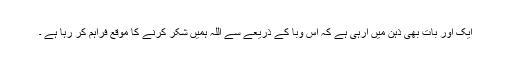
ایک اور بات بھی ذہن میں ٓارہی ہے کہ اس وبا کے ذریعے سے اللہ ہمیں شکر کرنے کا موقع فراہم کر رہا ہے ۔